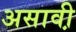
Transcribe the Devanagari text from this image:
असावी़